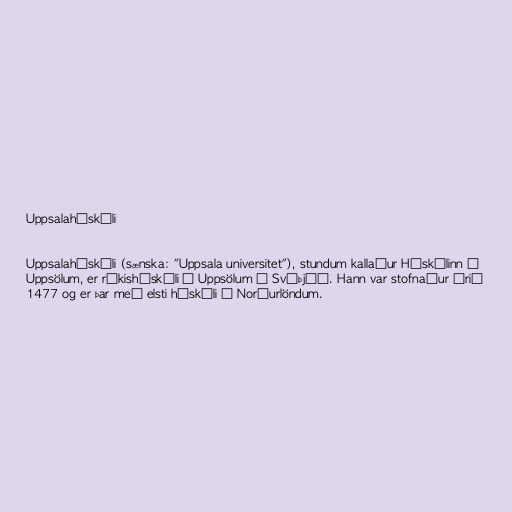
Uppsalaháskóli

Uppsalaháskóli (sænska: "Uppsala universitet"), stundum kallaður Háskólinn í
Uppsölum, er ríkisháskóli í Uppsölum í Svíþjóð. Hann var stofnaður árið
1477 og er þar með elsti háskóli á Norðurlöndum.